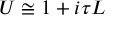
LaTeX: U \cong 1 + i \tau L